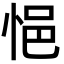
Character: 悒